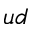
u d